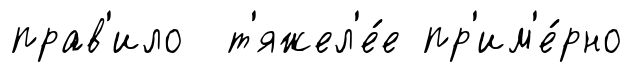
прав'ило т'яжел'е́е пр'им'е́рно